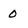
Character: 0